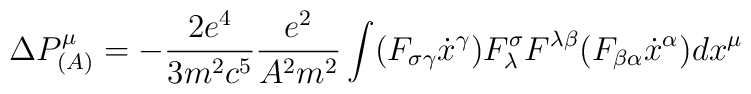
\Delta P^{\mu}_{(A)}=-\frac{2e^4}{3m^2c^5}\frac{e^2}{A^2m^2}\int (F_{\sigma\gamma}\dot{x}^{\gamma})F^{\sigma}_{\lambda}F^{\lambda\beta}(F_{\beta\alpha}\dot{x}^{\alpha})dx^{\mu}\,